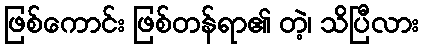
ဖြစ်ကောင်း ဖြစ်တန်ရာ၏ တဲ့၊ သိပြီလား